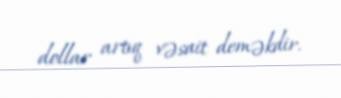
dollar artıq vəsait deməkdir.